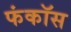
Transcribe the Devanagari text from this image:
फंकॉस